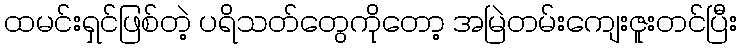
ထမင်းရှင်ဖြစ်တဲ့ ပရိသတ်တွေကိုတော့ အမြဲတမ်းကျေးဇူးတင်ပြီး